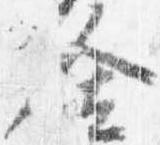
舎